Report of the Indian Hemp Drugs Commission, 1894-1895 - Volume VIII
Year: 1894
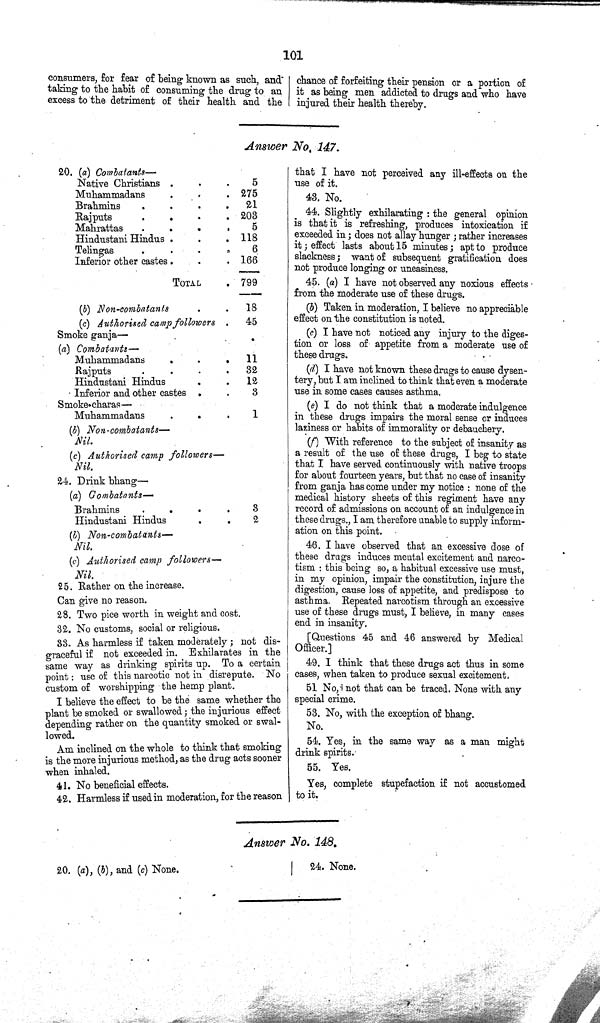
101
consumers, for fear of being known as such, and
taking to the habit of consuming the drug to an
excess to the detriment of their health and the
chance of forfeiting their pension or a portion of
it as being men addicted to drugs and who have
injured their health thereby.
Answer No. 147.
20. (a) Combatants—
Native Christians
5
Muhammadans
275
Brahmins
21
Rajputs
203
Mahrattas
5
Hindustani Hindus
118
Telingas
6
Inferior other castes
166
TOTAL
799
(b) Non-combatants
18
(c) Authorised camp followers
45
Smoke ganja—
(a) Combatants —
Muhammadans
11
Rajputs
32
Hindustani Hindus
12
Inferior and other castes
3
Smoke charas—
Muhammadans
1
(b) Non-combatants—
Nil.
(c) Authorised camp followers—
Nil.
24. Drink bhang—
(a) Combatants—
Brahmins
3
Hindustani Hindus
2
(b) Non-combatants—
Nil.
(c) Authorised camp followers—
Nil.
25. Rather on the increase.
Can give no reason.
28. Two pice worth in weight and cost.
32. No customs, social or religious.
33. As harmless if taken moderately; not dis¬
graceful if not exceeded in. Exhilarates in the
same way as drinking spirits up. To a certain
point: use of this narcotic not in disrepute. No
custom of worshipping the hemp plant.
I believe the effect to be the same whether the
plant be smoked or swallowed; the injurious effect
depending rather on the quantity smoked or swal¬
lowed.
Am inclined on the whole to think that smoking
is the more injurious method, as the drug acts sooner
when inhaled.
41. No beneficial effects.
42. Harmless if used in moderation, for the reason
that I have not perceived any ill-effects on the
use of it.
43. No.
44. Slightly exhilarating: the general opinion
is that it is refreshing, produces intoxication if
exceeded in; does not allay hunger; rather increases
it; effect lasts about 15 minutes; apt to produce
slackness; want of subsequent gratification does
not produce longing or uneasiness.
45. (a) I have not observed any noxious effects
from the moderate use of these drugs.
(b) Taken in moderation, I believe no appreciable
effect on the constitution is noted.
(c) I have not noticed any injury to the diges¬
tion or loss of appetite from a moderate use of
these drugs.
(d) I have not known these drugs to cause dysen¬
tery, but I am inclined to think that even a moderate
use in some cases causes asthma.
(e) I do not think that a moderate indulgence
in these drugs impairs the moral sense or induces
laziness or habits of immorality or debauchery.
(f) With reference to the subject of insanity as
a result of the use of these drugs, I beg to state
that I have served continuously with native troops
for about fourteen years, but that no case of insanity
from ganja has come under my notice: none of the
medical history sheets of this regiment have any
record of admissions on account of an indulgence in
these drugs., I am therefore unable to supply inform¬
ation on this point.
46. I have observed that an excessive dose of
these drugs induces mental excitement and narco¬
tism: this being so, a habitual excessive use must,
in my opinion, impair the constitution, injure the
digestion, cause loss of appetite, and predispose to
asthma. Repeated narcotism through an excessive
use of these drugs must, I believe, in many cases
end in insanity.
[Questions 45 and 46 answered by Medical
Officer.]
49. I think that these drugs act thus in some
cases, when taken to produce sexual excitement.
51 No, not that can be traced. None with any
special crime.
53. No, with the exception of bhang.
No.
54. Yes, in the same way as a man might
drink spirits.
55. Yes.
Yes, complete stupefaction if not accustomed
to it.
Answer No. 148.
20. (a), (b), and (c) None.
24. None.